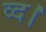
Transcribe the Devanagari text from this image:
व्द।